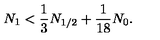
N _ { 1 } < \frac { 1 } { 3 } N _ { 1 / 2 } + \frac { 1 } { 1 8 } N _ { 0 } .